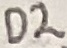
Text: D2